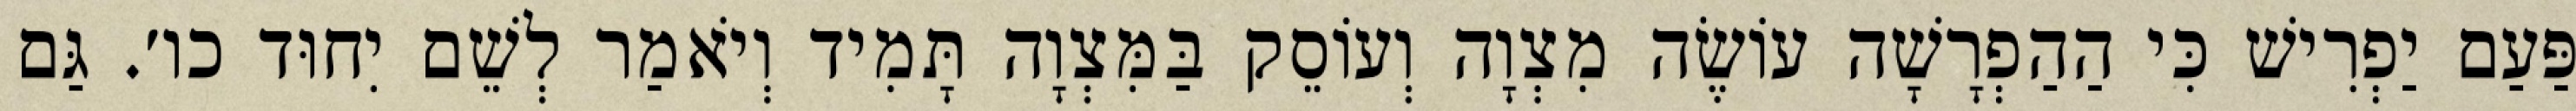
פַּעַם יַפְרִישׁ כִּי הַהַפְרָשָׁה עוֹשֶׂה מִצְוָה וְעוֹסֵק בַּמִּצְוָה תָּמִיד וְיֹאמַר לְשֵׁם יִחוּד כו׳. גַּם